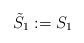
\begin{align*}\tilde{S}_1 := S_1\end{align*}